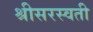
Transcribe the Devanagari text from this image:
श्रीसरस्वती